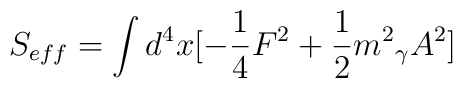
S_{eff}=\int{d^{4}x[-\frac{1}{4}F^{2}+\frac{1}{2}{m^{2}}_{\gamma}A^{2}]}